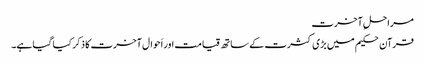
مراحلِ آخرت
قرآن حکیم میں بڑی کثرت کے ساتھ قیامت اور اَحوال آخرت کا ذکر کیا گیا ہے۔